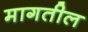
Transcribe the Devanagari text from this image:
मागतील